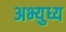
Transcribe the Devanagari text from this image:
अभ्युध्य